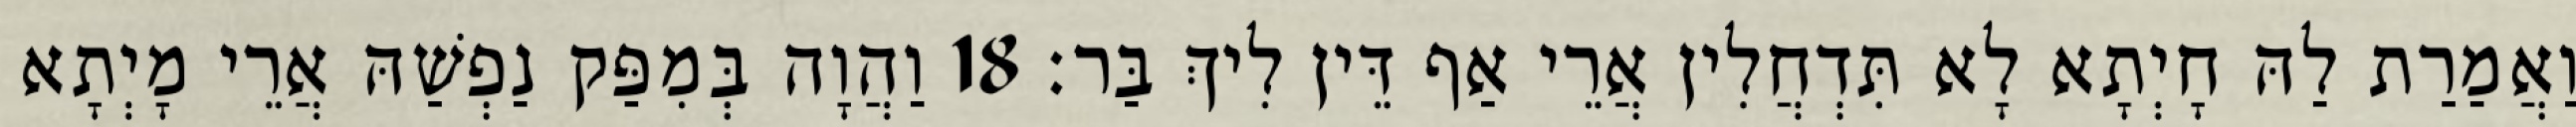
וַאֲמַרַת לַהּ חָיְתָא לָא תִּדְחֲלִין אֲרֵי אַף דֵּין לִיךְ בַּר׃ 18 וַהֲוָה בְּמִפַּק נַפְשַׁהּ אֲרֵי מָיְתָא